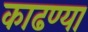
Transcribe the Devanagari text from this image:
काढण्या